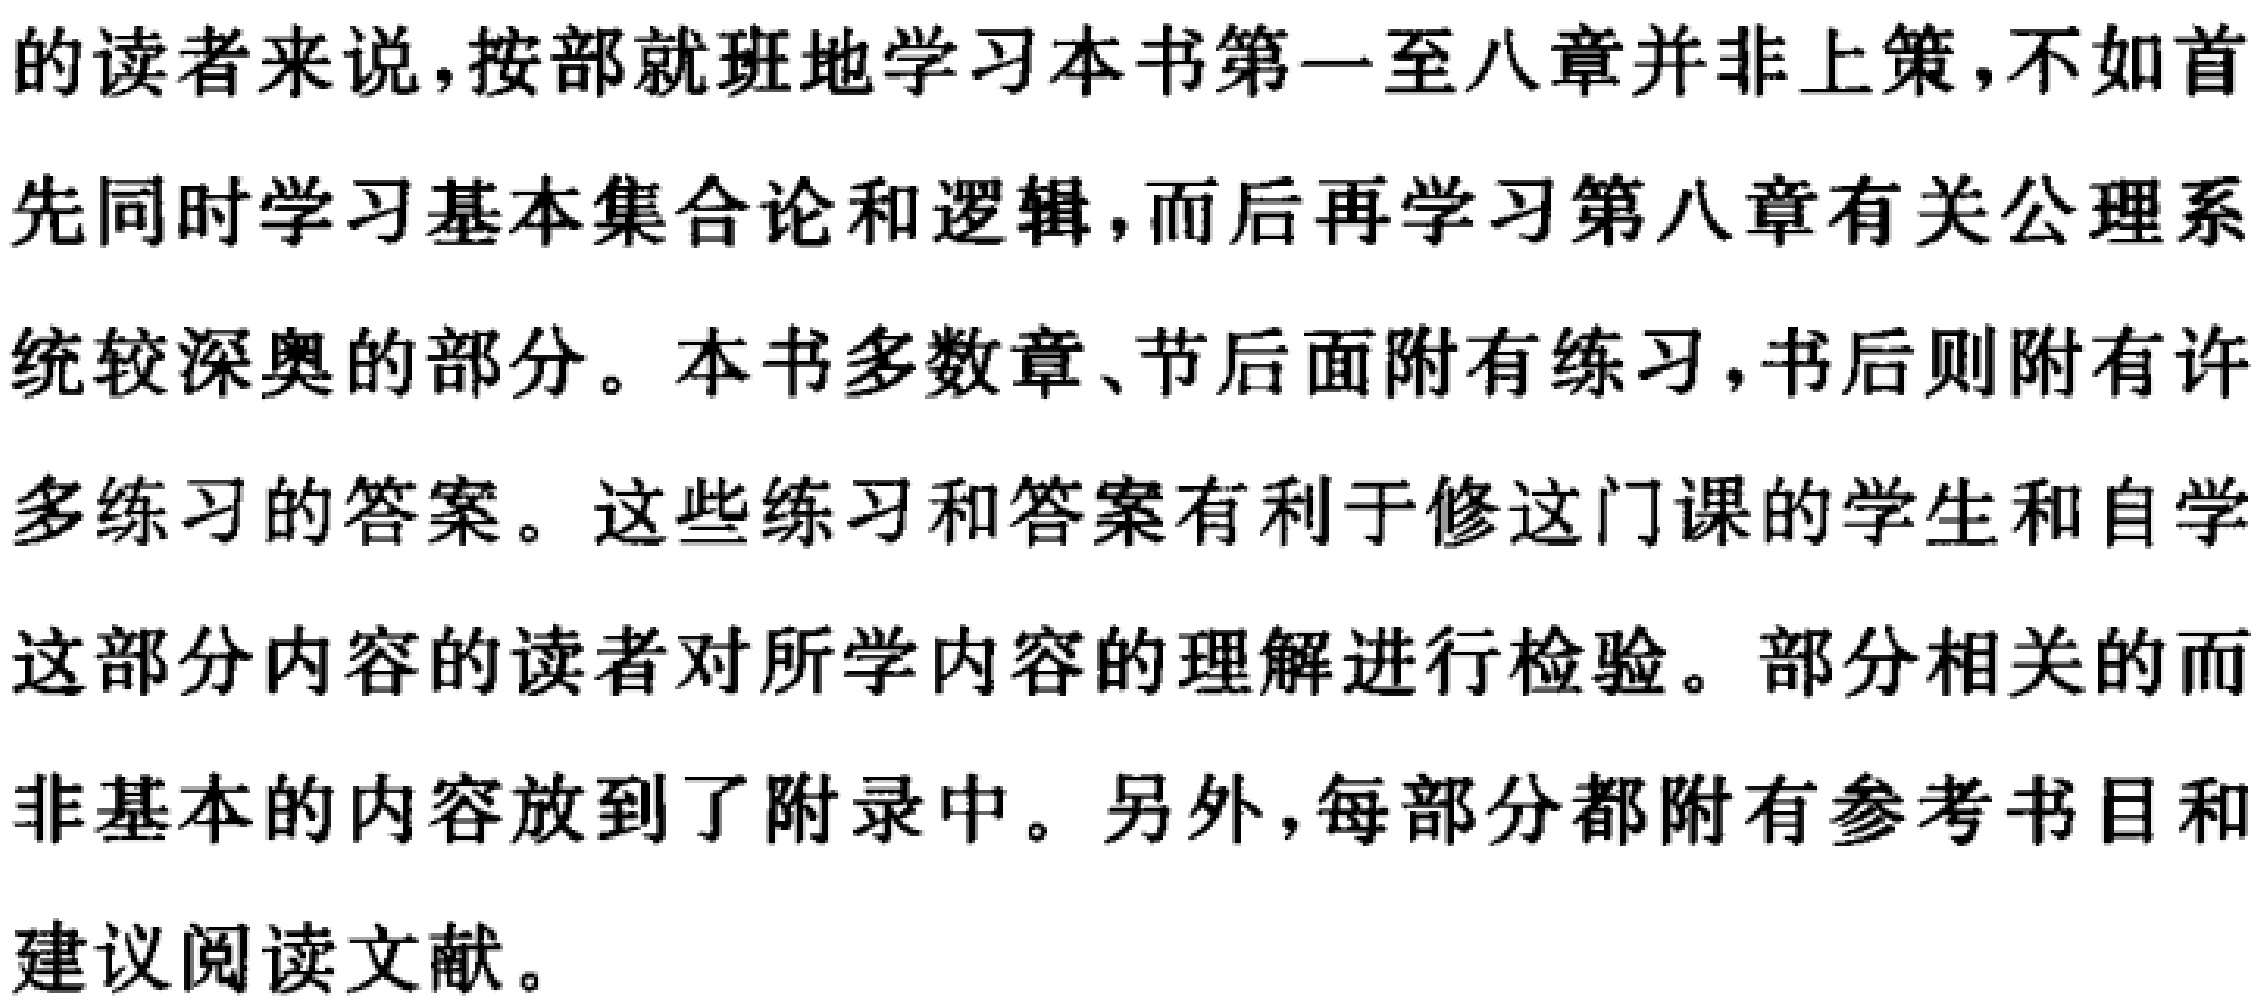
的读者来说，按部就班地学习本书第一至八章并非上策，不如首

先同时学习基本集合论和逻辑，而后再学习第八章有关公理系

统较深奥的部分。本书多数章、节后面附有练习，书后则附有许

多练习的答案。这些练习和答案有利于修这门课的学生和自学

这部分内容的读者对所学内容的理解进行检验。部分相关的而

非基本的内容放到了附录中。另外，每部分都附有参考书目和

建议阅读文献。